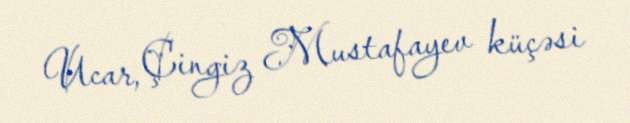
Ucar, Çingiz Mustafayev küçəsi